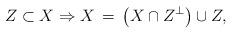
LaTeX: \begin{align*}Z\subset X \Rightarrow X\,=\, \left(X\cap Z^{\perp}\right)\cup Z,\end{align*}